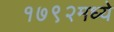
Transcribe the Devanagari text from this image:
१७९२मध्ये